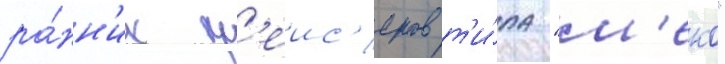
ра́нн'их кр'еис'еров т'и́па "м'еко"